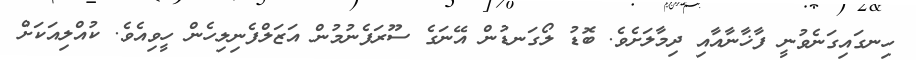
ހިނގައިގަނެވުނީ ފާޚާނާއާއި ދިމާލަށެވެ. ބޮޑު ލޯގަނޑުން އޭނަގެ ސޫރަފެނުމުން އަޒަލްފެނިލިހެން ހީވިއެވެ. ކުއްލިއަކަށް